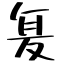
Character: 𭐥